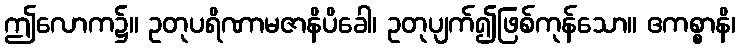
ဤလောက၌။ ဥတုပရိဏာမဇာနိပိခေါ၊ ဥတုပျက်၍ဖြစ်ကုန်သော။ ဧကစ္စာနိ၊